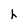
Character: h